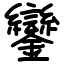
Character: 鑾